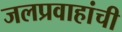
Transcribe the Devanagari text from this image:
जलप्रवाहांची